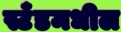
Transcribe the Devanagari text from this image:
स्टँडमधील